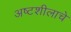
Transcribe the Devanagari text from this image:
अष्टशीलाचे